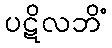
ပဋိလဘိံ